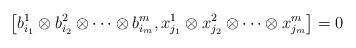
LaTeX: \begin{align*}\left[ b_{i_{1}}^{1}\otimes b_{i_{2}}^{2}\otimes \cdots \otimes b_{i_{m}}^{m},x_{j_{1}}^{1}\otimes x_{j_{2}}^{2}\otimes \cdots\otimes x_{j_{m}}^{m}\right]=0\end{align*}